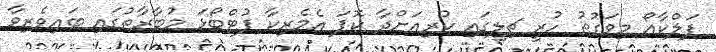
ފަލްކާއޯ މިވަގުތު ހުރީ ޗިލީގައި ކުރިއަށްދާ ކޮޕަ އެމެރިކާ ފުޓްބޯޅަ މުބާރާތުގައި ބައިވެރިވާ